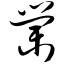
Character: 棠